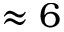
\approx 6